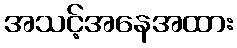
အသင့်အနေအထား